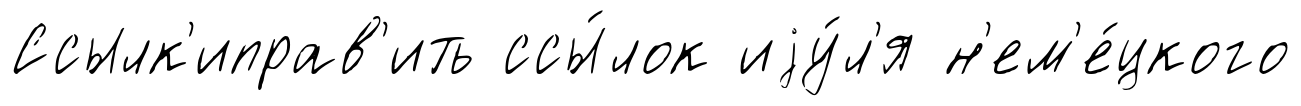
Ссылк'иправ'ить ссы́лок иjу́л'я н'ем'е́цкого